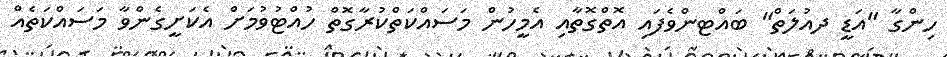
ހިންގާ "އަޑީ ދއުލަތް" ބައްޓންވެފައި އޮތްގޮތާއި އެމީހުން މަސައްކަތްކުރާގޮތް ހުއްޓުވުމަށް އެކަށީގެންވާ މަސައްކަތެއް